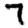
Digit: 7